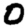
Digit: 0